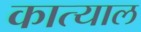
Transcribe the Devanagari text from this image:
कात्याल